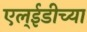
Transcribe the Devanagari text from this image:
एल्ईडीच्या